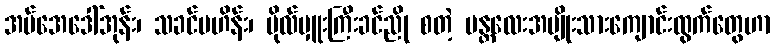
အမ်အေဒေါ်အုန်း၊ သခင်ဗဟိန်း၊ ဗိုလ်မှူးကြီးခင်ညို စတဲ့ မန္တလေးအမျိုးသားကျောင်းထွက်တွေဟာ